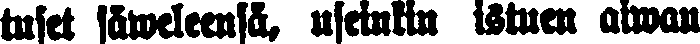
tuset säweleensä, useinkin istuen aiwan